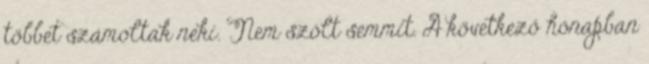
többet számoltak neki. Nem szólt semmit. A következő hónapban